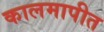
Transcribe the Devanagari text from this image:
कालमापीत